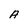
Character: A